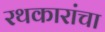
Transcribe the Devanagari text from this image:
रथकारांचा